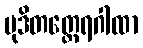
မုဒိတတ္ထေရဂါထာ